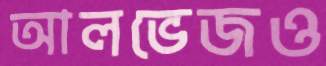
আলভেজও